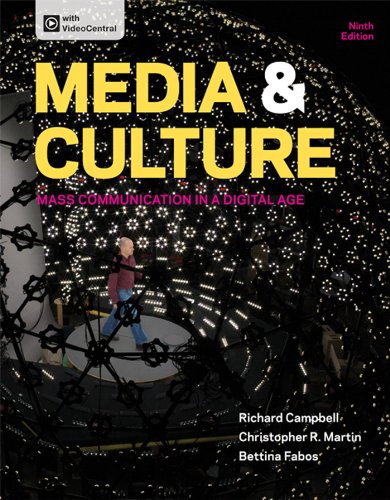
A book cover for Media & Culture: Mass Communication in a Digital Age; Richard Campbell; Reference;